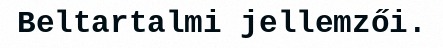
Beltartalmi jellemzői.